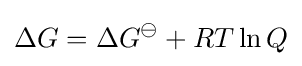
\Delta G=\Delta G^{\ominus }+RT\ln Q